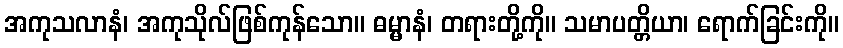
အကုသလာနံ၊ အကုသိုလ်ဖြစ်ကုန်သော။ ဓမ္မာနံ၊ တရားတို့ကို။ သမာပတ္တိယာ၊ ရောက်ခြင်းကို။